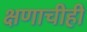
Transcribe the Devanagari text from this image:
क्षणाचीही